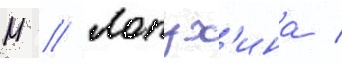
М // Лопух'ина /